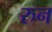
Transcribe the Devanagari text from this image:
रुन